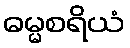
ဓမ္မစရိယံ